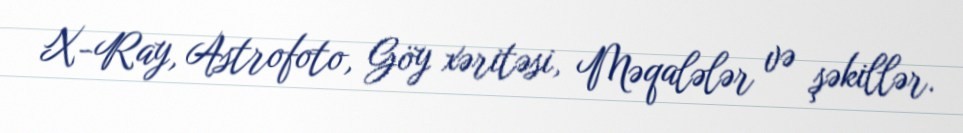
X-Ray, Astrofoto, Göy xəritəsi, Məqalələr və şəkillər.